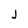
Character: J